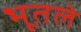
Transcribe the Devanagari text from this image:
भूतले